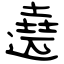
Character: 遶